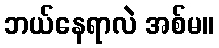
ဘယ်နေရာလဲ အစ်မ။